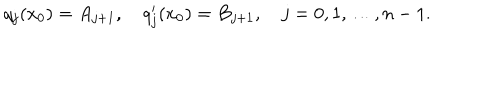
q _ { j } ( x _ { 0 } ) = A _ { j + 1 } , \quad q _ { j } ^ { \prime } ( x _ { 0 } ) = B _ { j + 1 } , \quad j = 0 , 1 , \ldots , n - 1 .